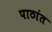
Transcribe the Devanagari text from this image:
पाठांत